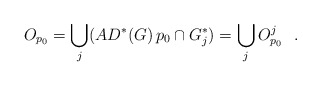
\begin{align*}O_{p_{0}}=\bigcup_{j}(AD^{*}(G)\,p_{0}\cap G^{*}_{j})=\bigcup_{j}O^{j}_{p_{0}}\ \ .\end{align*}